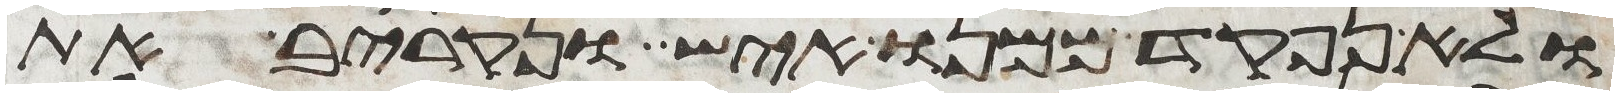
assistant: ולא נפקד ממנו איש ונקריב את